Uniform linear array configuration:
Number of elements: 16
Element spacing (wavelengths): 0.25
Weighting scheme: hamming
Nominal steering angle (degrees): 45
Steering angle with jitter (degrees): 43.317
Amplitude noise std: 0.05
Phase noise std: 0.05

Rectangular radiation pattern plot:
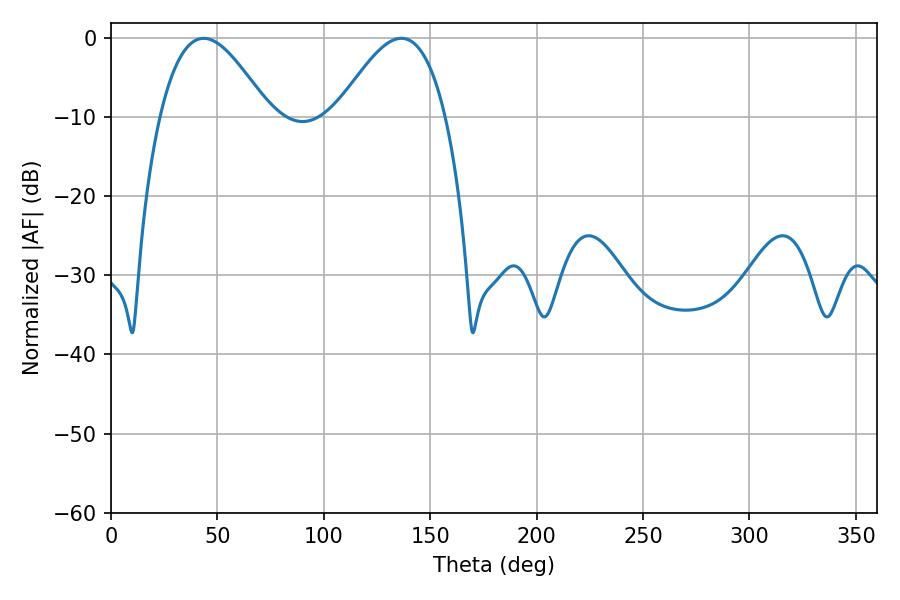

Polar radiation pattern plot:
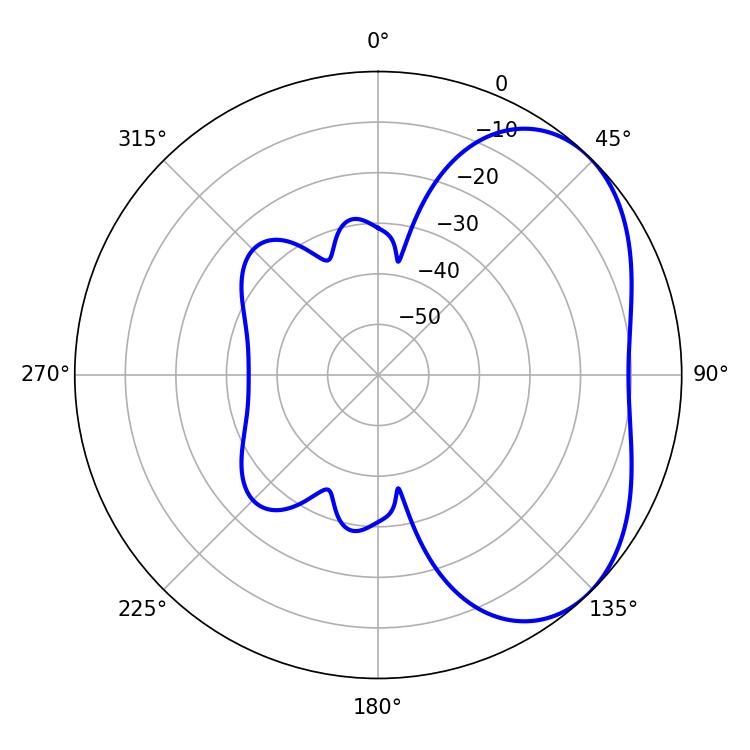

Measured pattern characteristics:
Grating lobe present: FALSE
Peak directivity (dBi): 4.047
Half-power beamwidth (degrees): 27.54
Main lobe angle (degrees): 43.56